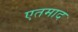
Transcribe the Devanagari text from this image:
एतमाद